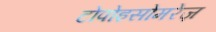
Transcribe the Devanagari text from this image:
टोपोइसोमरेज़